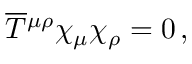
\overline { { T } } { ^ { \mu \rho } } \chi _ { \mu } \chi _ { \rho } = 0 \, ,